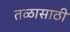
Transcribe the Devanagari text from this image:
तळासाठी